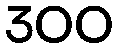
300